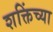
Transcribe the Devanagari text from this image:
शक्तिंच्या